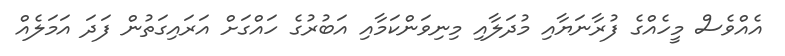
އެއްވެސް މީހެއްގެ ފުރާނަޔާއި މުދަލާއި މިނިވަންކަމާއި އަބުރުގެ ހައްގަށް އަރައިގަތުން ފަދަ އަމަލެއް